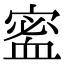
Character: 𡪖